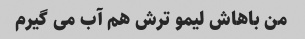
من باهاش لیمو ترش هم آب می گیرم